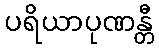
ပရိယာပုဏန္တီ